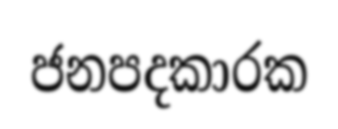
ජනපදකාරක